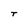
Character: T